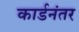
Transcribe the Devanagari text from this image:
कार्डनंतर